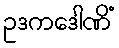
ဥဒကဒေါဏိံ